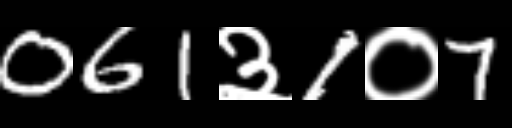
Text: 061३1०7